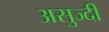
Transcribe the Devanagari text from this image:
असुज्दी